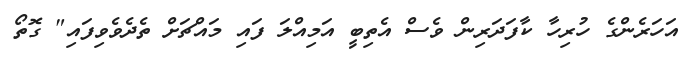
އަހަރެންގެ ހުރިހާ ކާފަދަރިން ވެސް އެތިބީ އަމިއްލަ ފައި މައްޗަށް ތެދެވެވިފައި" ގޮތޯ